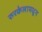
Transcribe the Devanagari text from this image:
रुरकेलामधून